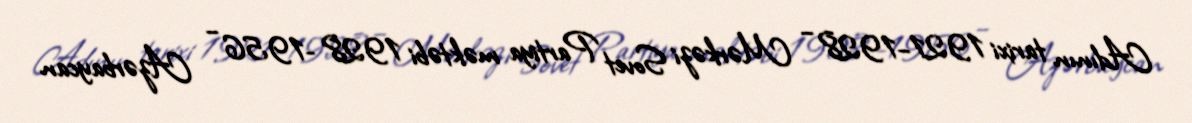
Adının tarixi 1921–1928 – Mərkəzi Sovet Partiya məktəbi 1928 −1956 – Azərbaycan